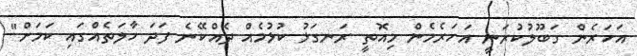
އަހަރެން ގަބޫލުކުރަނީ އަހަރެމެން މިއޮތީ ރަނގަޅު ކުޅުމެއް ދެއްކޭނެ ފަދަ ހާލަތެއްގައި ކަމަށް"